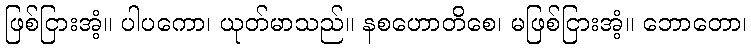
ဖြစ်ငြားအံ့။ ပါပကော၊ ယုတ်မာသည်။ နစဟောတိစေ၊ မဖြစ်ငြားအံ့။ ဘောတော၊